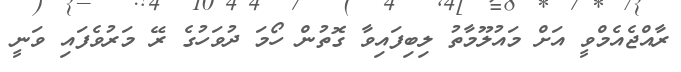
ރާއްޖެއެމްވީ އަށް މައުލޫމާތު ލިބިފައިވާ ގޮތުން ހޯމަ ދުވަހުގެ ރޭ މަރުވެފައި ވަނީ